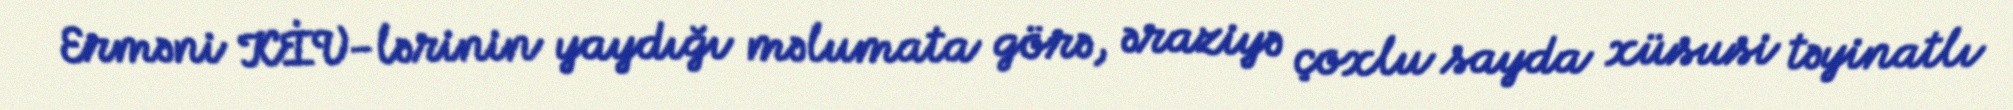
Erməni KİV-lərinin yaydığı məlumata görə, əraziyə çoxlu sayda xüsusi təyinatlı